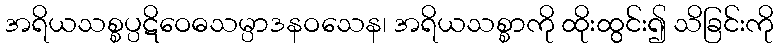
အရိယသစ္စပ္ပဋိဝေဓသမ္ပာဒနဝသေန၊ အရိယသစ္စာကို ထိုးထွင်း၍ သိခြင်းကို